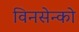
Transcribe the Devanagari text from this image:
विनसेन्को